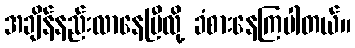
အချိန်နည်းလာနေပြီလို့ ခံစားနေကြပါတယ်။